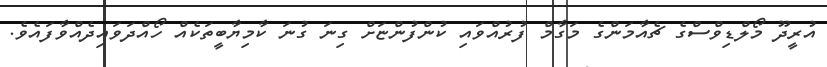
އުރީދޫ މޯލްޑިވްސްގެ ޗެއާމަންގެ މަގާމް ފުރުއްވައި ކުންފުންޏަށް ގިނަ ގުނަ ކާމިޔާބީތަކެއް ހޯއްދަވައިދެއްވާފައެވެ.